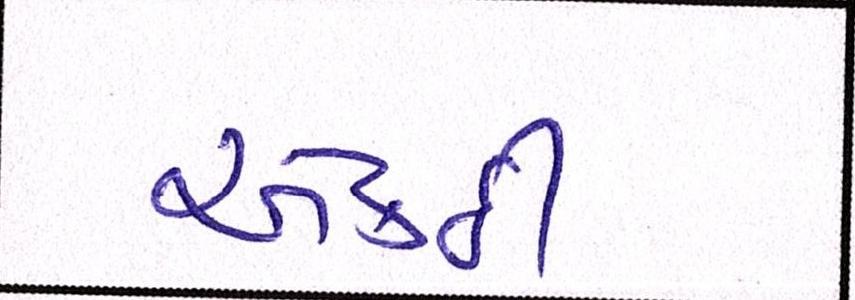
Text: એકઠી